Investigations into the jail dietaries of the United Provinces with some observations on the influence of dietary on the physical development and well-being of the people of the United Provinces - Number 48
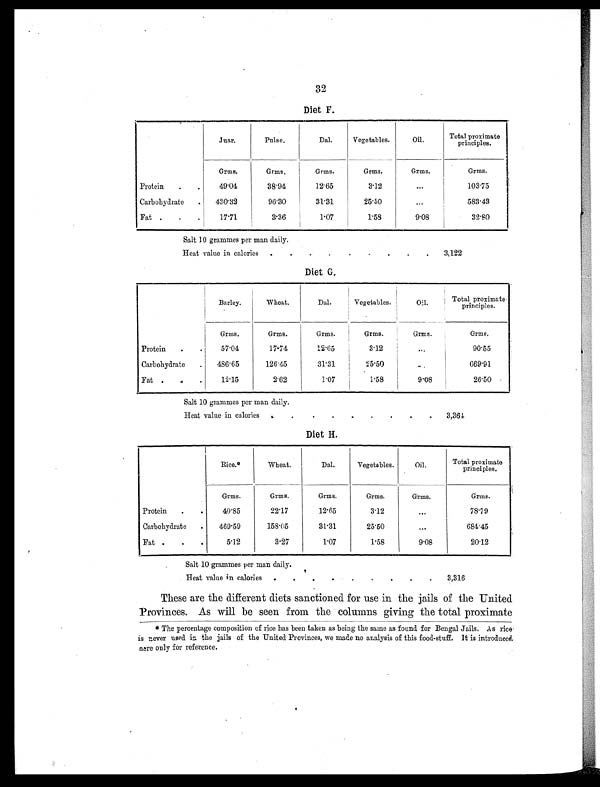
32
Diet F.
Juar.
Pulse.
Dal.
Vegetables.
Oil.
Total proximate
principles.
Grms.
Grms.
Grms.
Grms.
Grms.
Grms.
Protein .
.
49.04
38.94
12.65
3.12
. . .
103.75
Carbohydrate . 430.32
96.30
31.31
25.50
...
583.43
Fat .
.
.
17.71
3.36
1.07
1. 58
9.08
32.80
Salt 10 grammes per man daily.
Heat value in calories .
.
.
.
.
.
.
.
. 3,122
Diet G.
Barley.
Wheat.
Dal.
Vegetables.
Oil .
Total proximate
principles.
Grms.
Grms.
Grms.
Grms.
Grms.
Grms.
Protein .
.
57.04
17.74
12.65
3.12
. . .
90.55
Carbohydrate . 486.65
126.45
31.31
25.50
...
669.91
Fat .
. .
12.15
2.62
1.07
1 . 5 8
9.08
26.50
Salt 10 grammes per man daily.
Heat value in calories
. .
.
.
.
.
.
.
. 3, 364
Diet H.
Rice.*
Wheat.
Dal.
Vegetables.
Oil.
Total proximate
principles.
Grms.
Grms.
Grms.
Grms.
Grms.
Grms.
Protein .
.
40.85
22.17
12.65
3. 12
...
78.79
Carbohydrate .
469.59
158.05
31.31
25.50
. . .
684.45
Fat .
.
.
5.12
3.27
1.07
1.58
9.08
20.12
Salt 10 grammes per man daily.
Heat value in calories .
.
.
.
.
.
.
.
.
3,316
These are the different diets sanctioned for use in the jails of the United
Provinces. As will be seen from the columns giving the total proximate
* The percentage composition of rice has been taken as being the same as found for Bengal Jails, As rice
is never used in the jails of the United Provinces, we made no analysis of this food-stuff. It is introduced
nere only for reference.